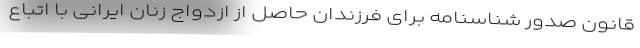
قانون صدور شناسنامه برای فرزندان حاصل از ازدواج زنان ایرانی با اتباع